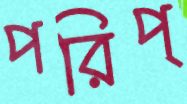
পরিপ্